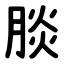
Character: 腅